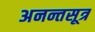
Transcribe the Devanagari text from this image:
अनन्तसूत्र